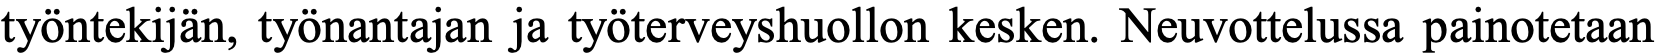
työntekijän, työnantajan ja työterveyshuollon kesken. Neuvottelussa painotetaan